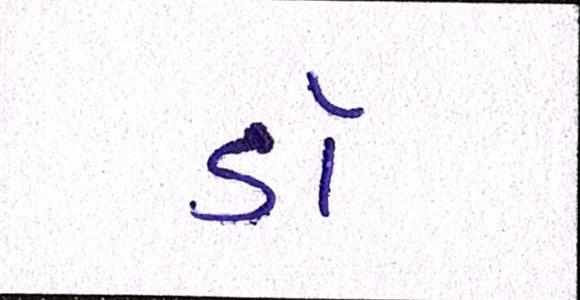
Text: ડૉ